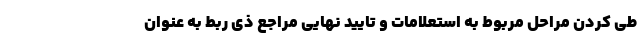
طی کردن مراحل مربوط به استعلامات و تایید نهایی مراجع ذی ربط به عنوان